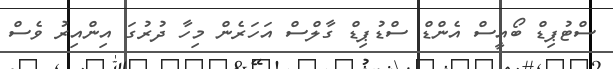
ސްޓުޕިޑް ބޯއީސް އެންޑް ސްޑުޕިޑް ގާލްސް އަހަރެން މިހާ ދުރުގަ އިންއިރު ވެސް